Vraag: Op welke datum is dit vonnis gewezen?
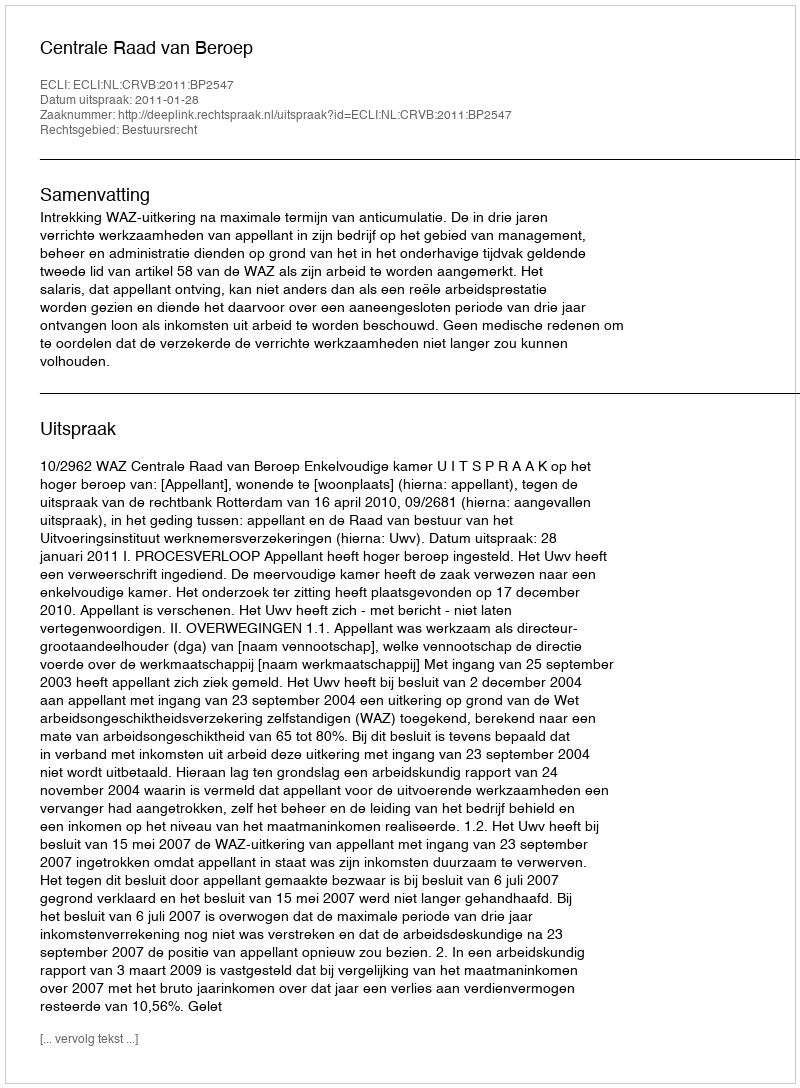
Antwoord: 2011-01-28